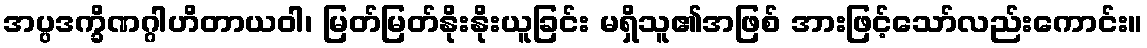
အပ္ပဒက္ခိဏဂ္ဂါဟိတာယဝါ၊ မြတ်မြတ်နိုးနိုးယူခြင်း မရှိသူ၏အဖြစ် အားဖြင့်သော်လည်းကောင်း။